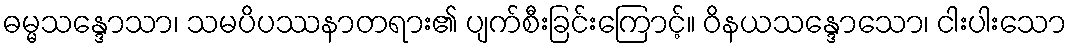
ဓမ္မသန္ဒောသာ၊ သမပိပဿနာတရား၏ ပျက်စီးခြင်းကြောင့်။ ဝိနယသန္ဒောသော၊ ငါးပါးသော